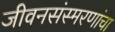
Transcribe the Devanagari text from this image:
जीवनसंस्मरणांचा